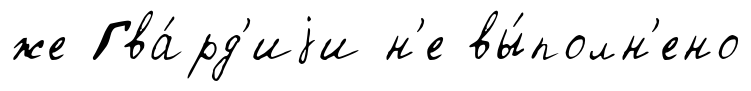
же Гва́рд'иjи н'е вы́полн'ено